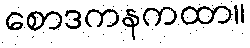
စောဒကနကထာ။